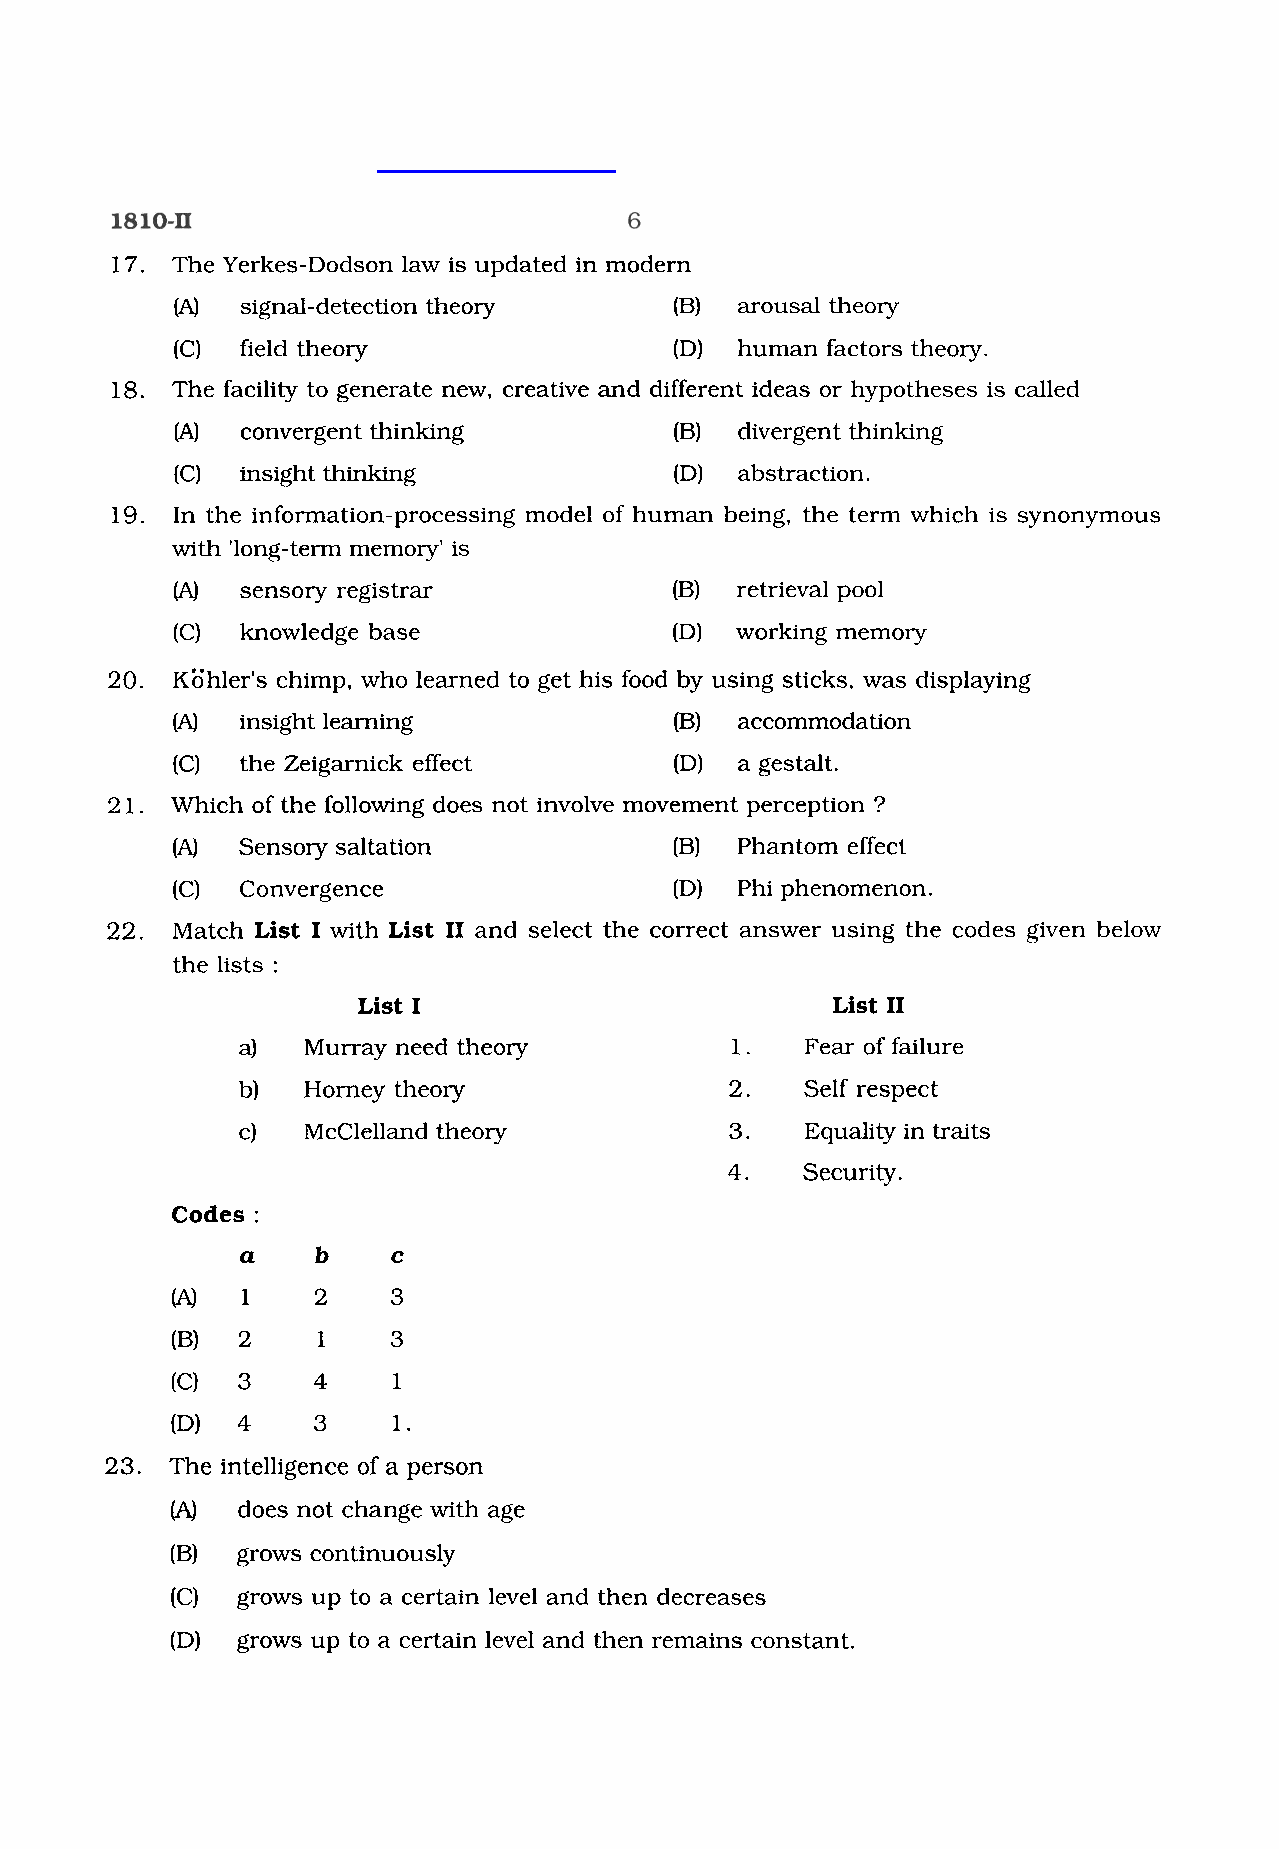
17. The Yerkes-Dodson law is updated in modern
 (A) signal-detection theory      (B) arousal theory
 (C) field theory                 (D) human factors theory.
 18. The facility to generate new, creative and different ideas or hypotheses is called
 (A] convergent thinking          (B) divergent thinking
 (C) insight thinking             (D) abstraction.
 19. In the information-processing model of human being, the term which is synonymous
 with 'long-term memory' is
 (A) sensory registrar            (B) retrieval pool
 (C) knowledge base               (D) working memory
 20. Kb'hler's chimp, who learned to get his food by using sticks, was displaying
 (A)  insight learning             (B) accommodation
 (C)  the Zeigarnick effect        (D) agestalt.
 2 1. Which of the following does not involve movement perception ?
 (A)  Sensory saltation            (B) Phantom effect
 (C)  Convergence                  (D) Phi phenomenon.
 22. Match List I with List I1 and select the correct answer using the codes given below
 the lists :
 List I                         List I1
 a)  Murray need theory          1.   Fear of failure
 b)  Homey theory                2.   Self respect
 c)  McClelland theory           3.   Equality in traits
 4.   Security.
 Codes :
 a    b    c
 (A)  1    2    3
 (B)  2    1    3
 (C)  3    4    1
 (Dl  4    3    1.
 23. The intelligence of a person
 (A3  does not change with age
 (B)  grows continuously
 (C)  grows up to a certain level and then decreases
 (D)  grows up to a certain level and then remains constant.
 w
 w
 w
 .
 S
 t
 u
 d
 y
 G
 u
 i
 d
 e
 I
 n
 d
 i
 a
 .
 c
 o
 m